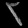
Digit: ၃